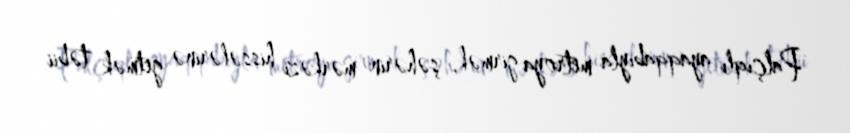
Palçıqlı ayaqqabıyla metroya girmək, şəhərin mərkəzi hissələrinə getmək təbii